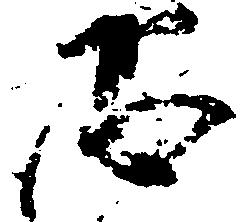
恐